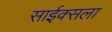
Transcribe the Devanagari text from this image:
साईक्सला